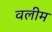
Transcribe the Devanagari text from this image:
वलीम